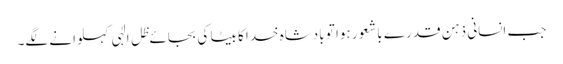
جب انسانی ذہن قدرے باشعور ہوا تو بادشاہ خدا کا بیٹا کی بجائے ظِل الٰہی کہلوانے لگے۔